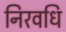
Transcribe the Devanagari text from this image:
निरवधि